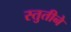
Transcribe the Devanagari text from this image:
स्तुतीने